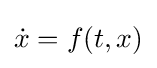
{\dot {x}}=f(t,x)